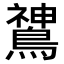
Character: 𬷫